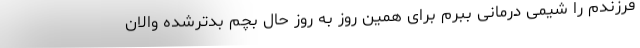
فرزندم را شیمی درمانی ببرم برای همین روز به روز حال بچم بدترشده والان